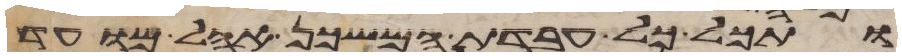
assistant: ותכל כל עבדת המשכן אהל מועד